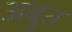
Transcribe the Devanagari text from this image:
अबुत